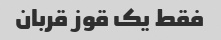
فقط یک قوز قربان